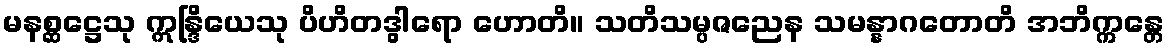
မနစ္ဆဋ္ဌေသု ဣန္ဒြိယေသု ပိဟိတဒွါရော ဟောတိ။ သတိသမ္ပဇညေန သမန္နာဂတောတိ အဘိက္ကန္တေ